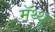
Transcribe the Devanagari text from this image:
मॅथ्थु